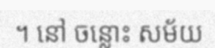
។ នៅ ចន្លោះ សម័យ